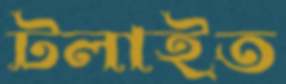
টলাইত